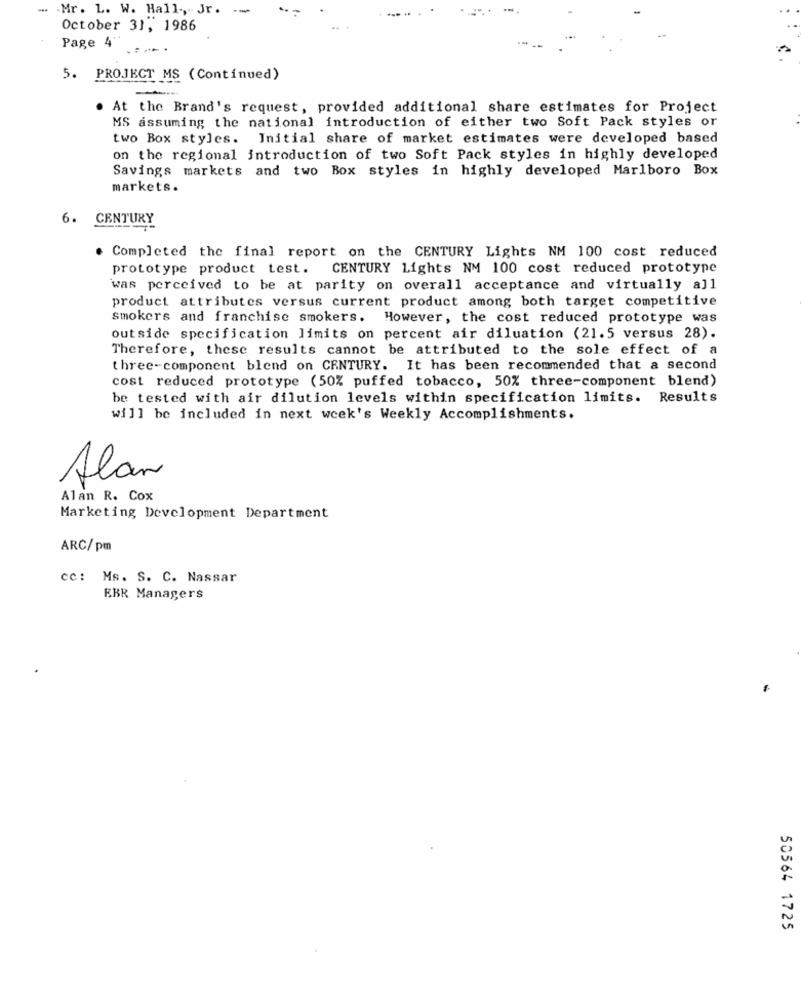
.. . Mr. L. W. Hall, Jr. ..
October 31, 1986
Page 4"
5. PROJECT MS (Continued)
----
At the Brand's request, provided additional share estimates for Project
MS assuming the national introduction of either two Soft Pack styles or
two Box styles. Initial share of market estimates were developed based
on the regional introduction of two Soft Pack styles in highly developed
Savings markets and two Box styles in highly developed Marlboro Box
markets.
6. CENTURY
. Completed the final report on the CENTURY Lights NM 100 cost reduced
prototype product test. CENTURY Lights NM 100 cost reduced prototype
was perceived to be at parity on overall acceptance and virtually all
product attributes versus current product among both target competitive
smokers and franchise smokers. However, the cost reduced prototype was
outside specification limits on percent air diluation (21.5 versus 28).
Therefore, these results cannot be attributed to the sole effect of a
three-component blend on CENTURY. It has been recommended that a second
cost reduced prototype (50% puffed tobacco, 50% three-component blend)
be tested with air dilution levels within specification limits. Results
will be included in next week's Weekly Accomplishments.
Alan
Alan R. Cox
Marketing Development Department
ARC/ pm
cc: Ms. S. C. Nassar
EBR Managers
50564 1725